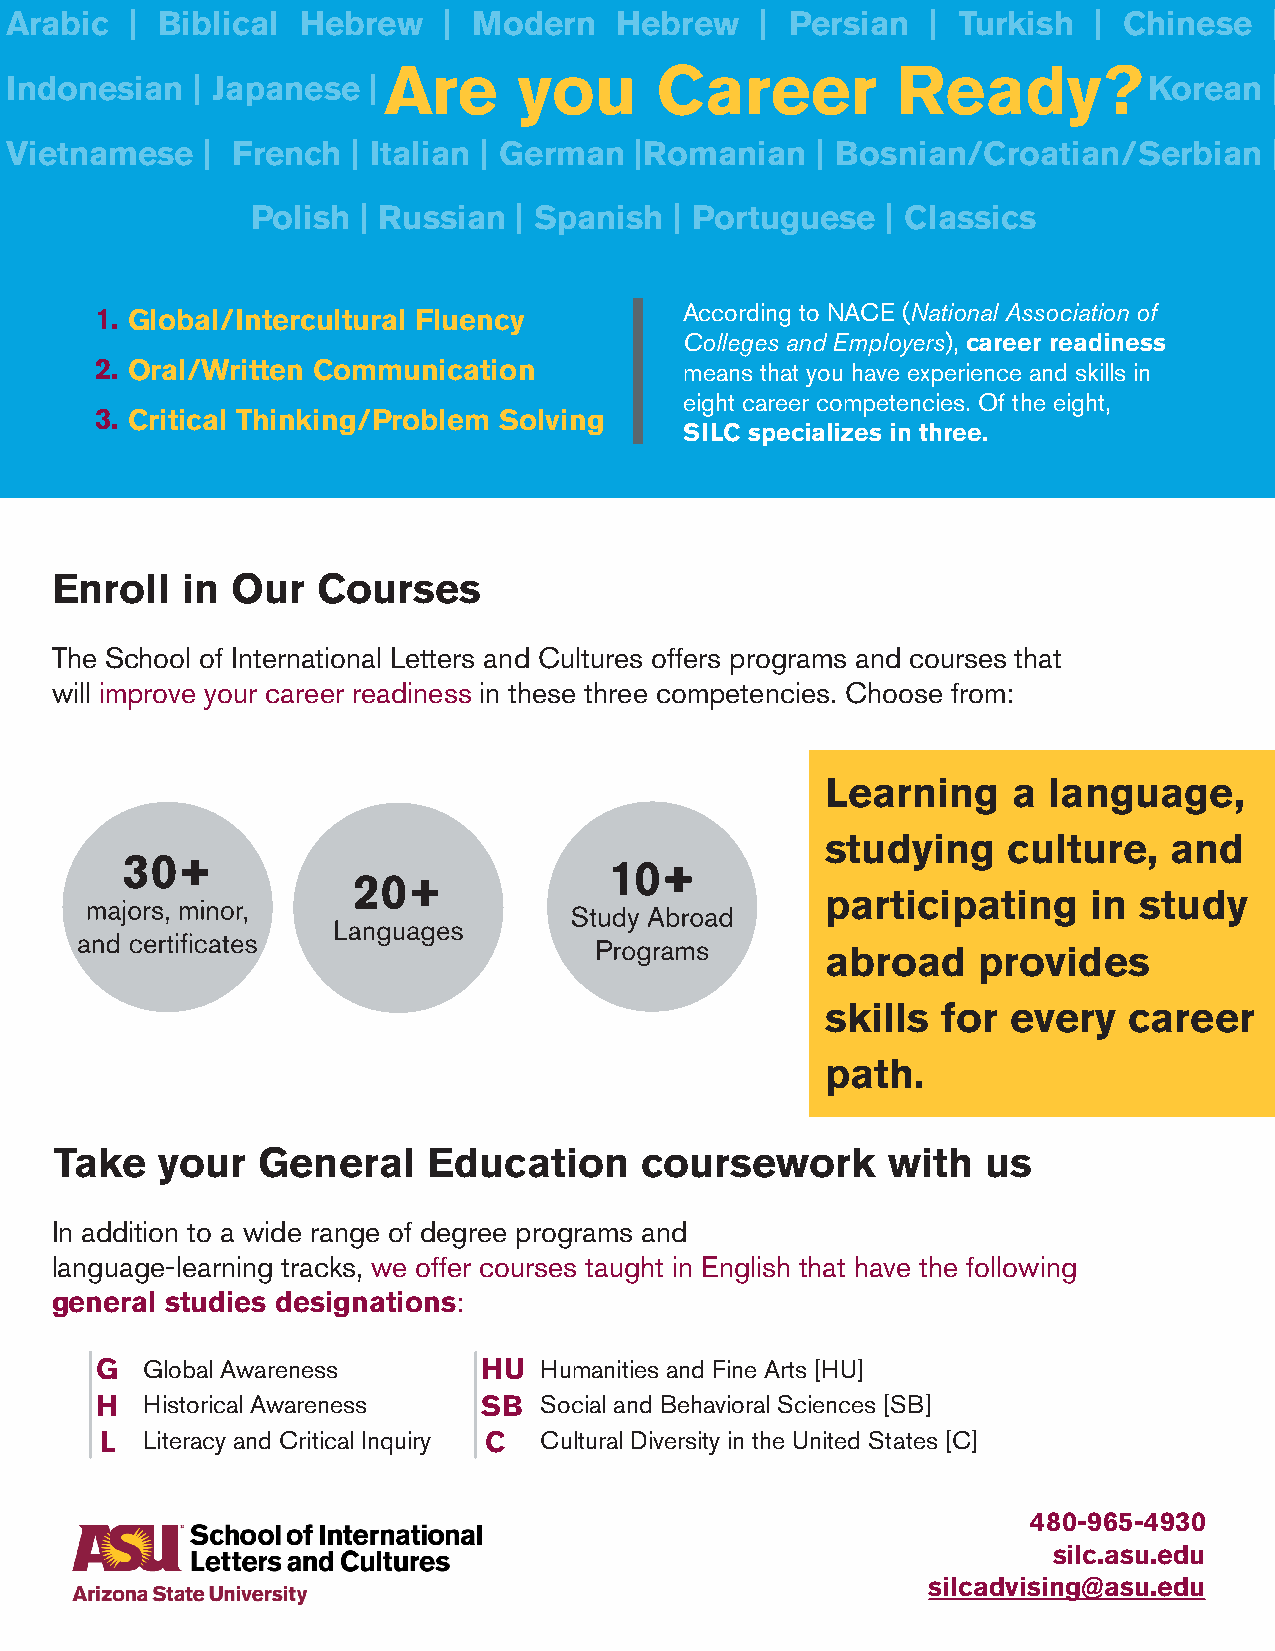
Arabic   | Biblical Hebrew   | Modern    Hebrew   | Persian   | Turkish | Chinese   |
 Are      you      Career          Ready?
 Indonesian   | Japanese  |                                                  Korean  |
 Vietnamese    | French | Italian | German |Romanian   | Bosnian/Croatian/Serbian    |
 Polish | Russian | Spanish  | Portuguese  | Classics
 1. G lobal/Intercultural Fluency       According to NACE (National Association of
 Colleges and Employers), career readiness
 2. O ral/Written Communication         means that you have experience and skills in
 eight career competencies. Of the eight,
 3. C ritical Thinking/Problem Solving
 SILC specializes in three.
 Enroll   in Our   Courses
 The School of International Letters and Cultures offers programs and courses that
 will improve your career readiness in these three competencies. Choose from:
 Learning    a language,
 studying    culture,  and
 participating    in study
 abroad    provides
 skills for  every   career
 path.
 Take  your   General    Education     coursework       with  us
 In addition to a wide range of degree programs and
 language-learning tracks, we offer courses taught in English that have the following
 general studies designations:
 G  Global Awareness       HU  Humanities and Fine Arts [HU]
 H  Historical Awareness   SB  Social and Behavioral Sciences [SB]
 L Literacy and Critical Inquiry C Cultural Diversity in the United States [C]
 480-965-4930
 silc.asu.edu
 silcadvising@asu.edu